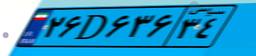
۲۶D۶۳۶۳۴